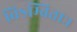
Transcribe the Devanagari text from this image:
विऽम्बिताः।